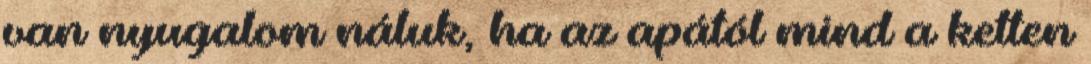
van nyugalom náluk, ha az apától mind a ketten